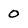
Character: 0